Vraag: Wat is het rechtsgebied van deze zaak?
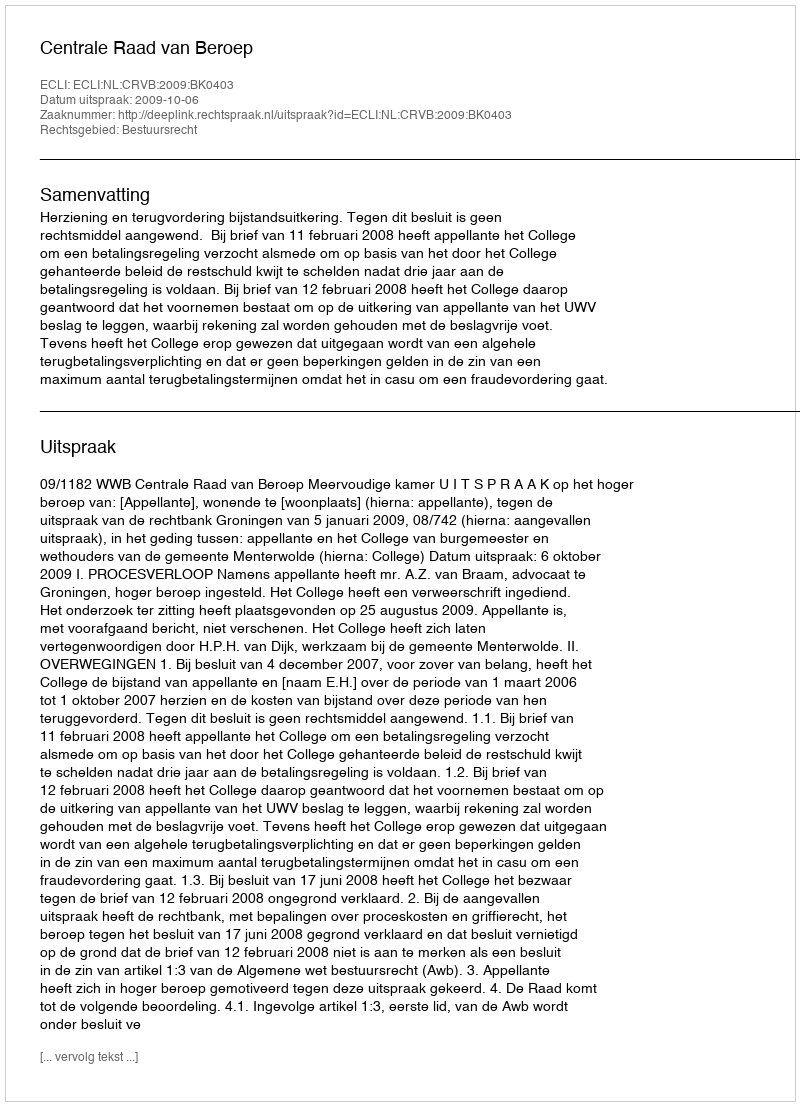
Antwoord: Bestuursrecht